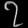
Digit: ၇